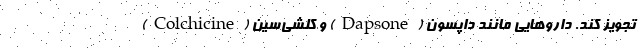
تجویز کند. داروهایی مانند داپسون (Dapsone) و کلشی‌سین (Colchicine)